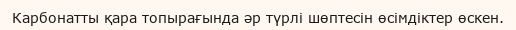
Карбонатты қара топырағында әр түрлі шөптесін өсімдіктер өскен.